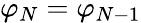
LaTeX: \varphi_{N}=\varphi_{N-1}